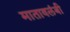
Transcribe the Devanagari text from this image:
मातावलंबी